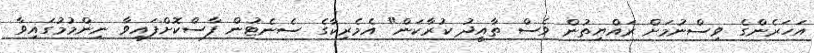
އަހަރެންގެ ވިސްނުމަށް ރައްޔިތުން ވެސް ތާއީދު ކުރާކަން" އެމެރިކާގެ ސެނެޓުން ފާސްކޮށްފައިވާ ނިންމުމުގައިވާ